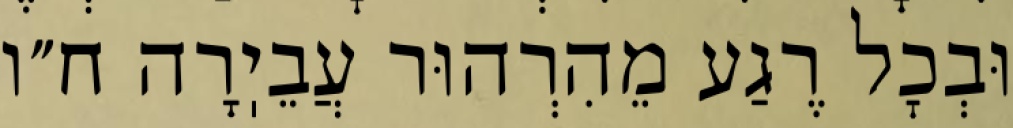
וּבְכׇל רֶגַע מֵהִרְהוּר עֲבֵיֽרָה ח״ו